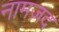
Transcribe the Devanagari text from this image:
नामज़द